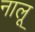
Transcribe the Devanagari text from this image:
नालू